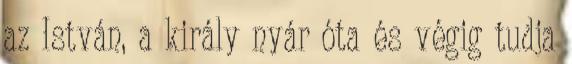
az István, a király nyár óta és végig tudja